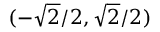
( - { \sqrt { 2 } } / 2 , { \sqrt { 2 } } / 2 )